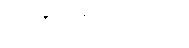
တဏှာဇာတိကော